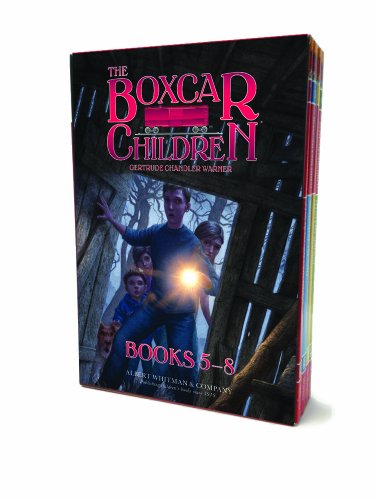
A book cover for The Boxcar Children Mysteries Books 5-8 (Boxcar Children)); Children's Books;